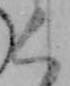
く